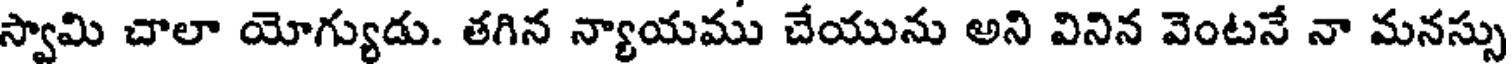
స్వామి చాలా యోగ్యుడు. తగిన న్యాయము చేయును అని వినిన వెంటనే నా మనస్సు